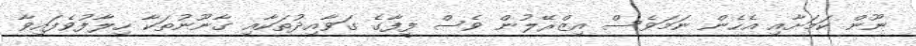
ނޫން ކަމަށާއި އެހެން ނަމަވެސް އިޒްރޭލުން ވެސް ފީފާގެ ގަވާއިދުތަކާއި ގާނޫނުތަކާ ހިލާފުވެފައިވާ